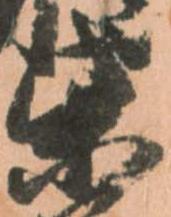
柴